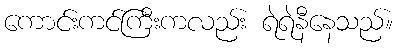
ကောင်းကင်ကြီးကလည်း ရဲရဲနီနေသည်။